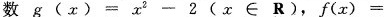
数$$g ( x ) = x^{2}-2(x∈R)$$，$$f ( x ) =